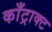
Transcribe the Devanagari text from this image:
काँट्राक्ट